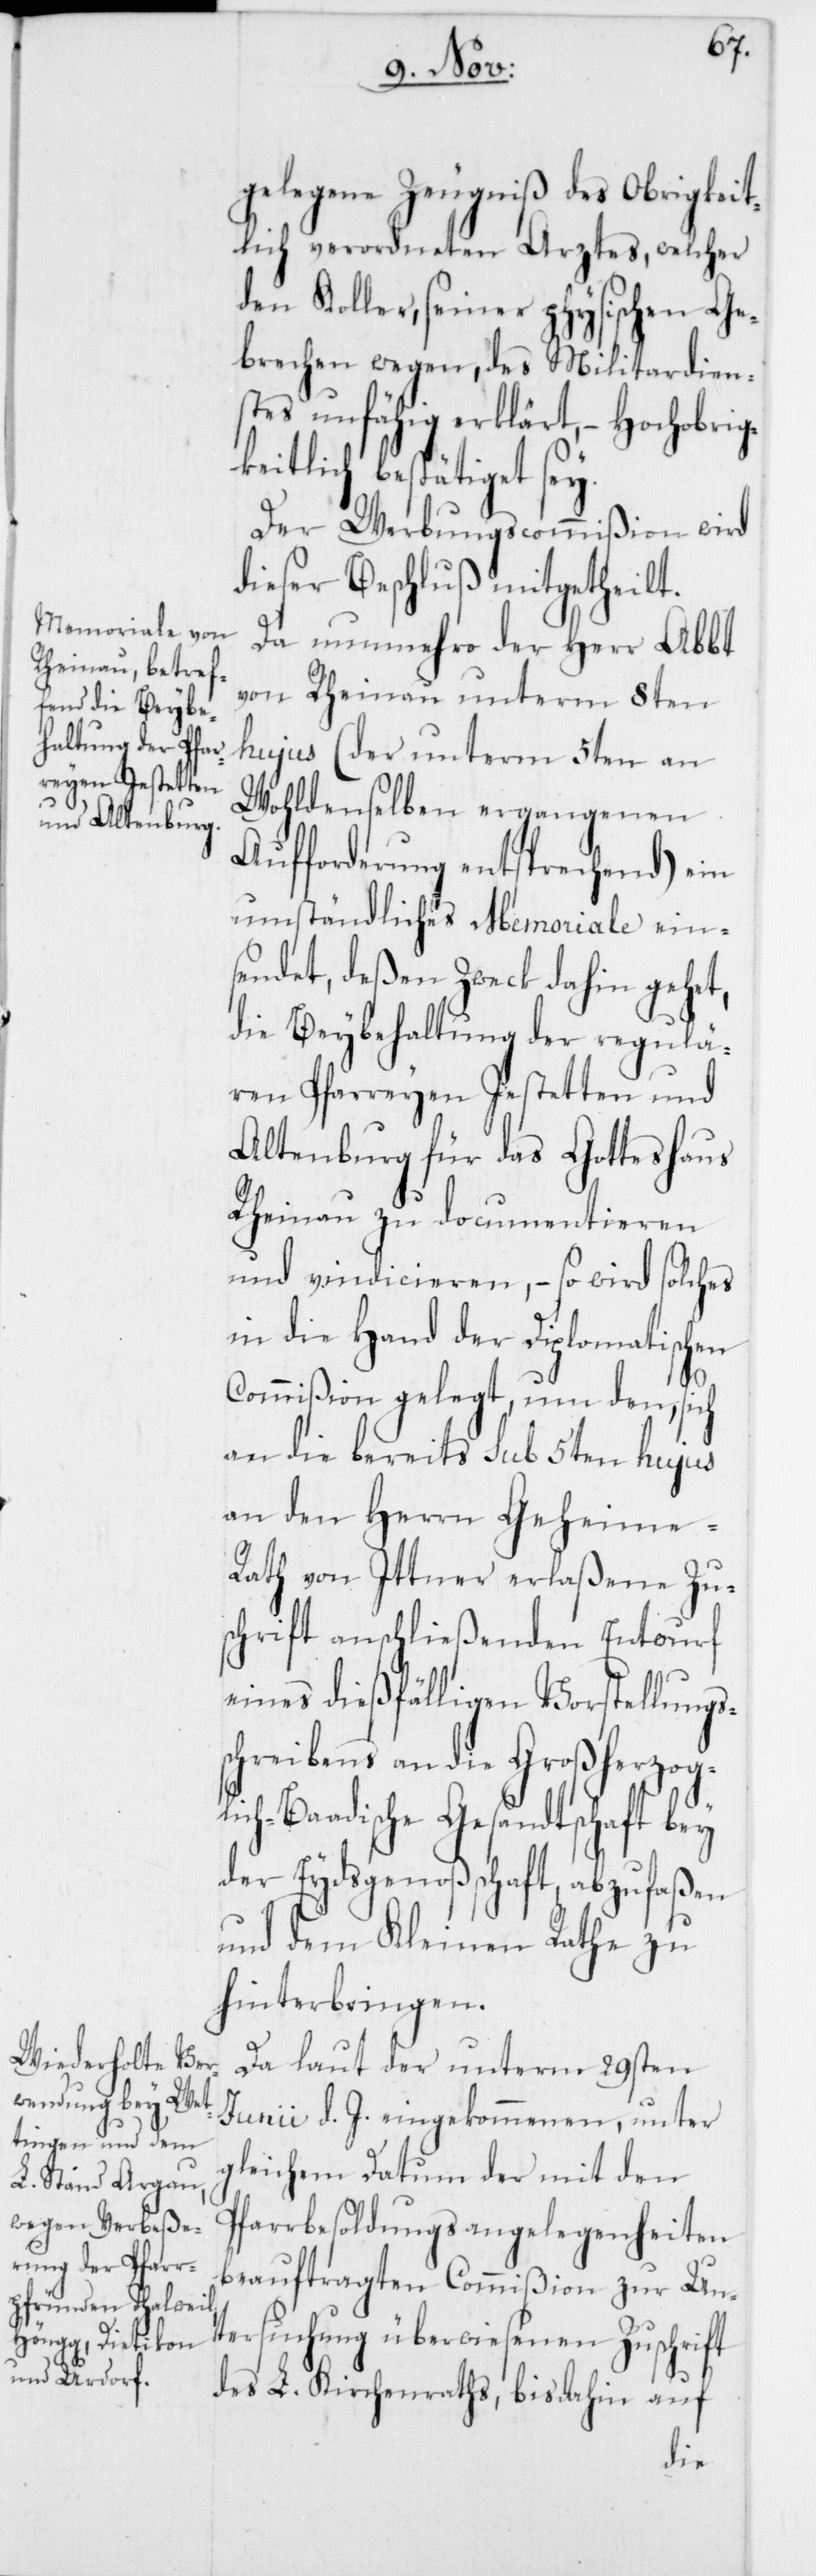
gelegene Zeugniß des Obrigkeit¬
lich verordneten Arztes, welcher
den Koller, seiner physischen Ge¬
brechen wegen, des Militardien¬
stes unfähig erklärt, – Hochobrig¬
keitlich besthätiget sey.
Der Werbungscommißion wird
dieser Beschluß mitgetheilt.
Da nunmehro der Herr Abbt
von Rheinau unterm 8ten
hujus (der unterm 5ten an
Wohldenselben ergangenen
Aufforderung entsprechend) ein
umständliches Memoriale ein¬
sendet, deßen Zweck dahin gehet,
die Beybehaltung der regulä¬
ren Pfarreyen Jestetten und
Altenburg für das Gotteshaus
Rheinau zu documentieren
und vindicieren, – so wird solches
in die Hand der Diplomatischen
Commißion gelegt, um den, sich
an die bereits sub 5ten hujus
an den Herrn Geheime-R¬
ath von Ittner erlaßene Zu¬
schrift anschließenden Entwurf
eines dießfälligen Vorstellungs¬
schreibens an die Großherzog¬
lich-Baadische Gesandtschaft bey
der Eydsgenoßschaft, abzufaßen
und dem Kleinen Rathe zu
hinterbringen.
Da laut der unterm 29sten
Junii d. J. eingekommenen, unter
gleichem Datum der mit den
Pfarrbesoldungsangelegenheiten
beauftragten Commißion zur Un¬
tersuchung überwiesenen Zuschrift
des L. Kirchenraths, bis dahin auf